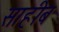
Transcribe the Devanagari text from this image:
साहीब